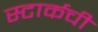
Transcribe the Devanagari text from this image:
स्टार्कची